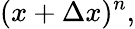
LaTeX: (x+\Delta x)^{n},